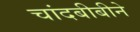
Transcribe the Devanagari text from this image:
चांदबीबीने